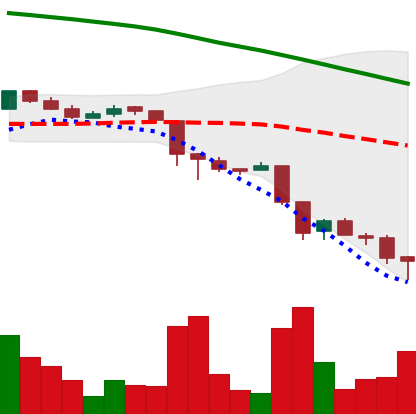
Ticker: ADA-USD
Chart end date: 2018-11-25
Forward return: 3.157%
Label: up_3_5